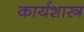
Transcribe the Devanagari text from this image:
कार्यशास्त्र